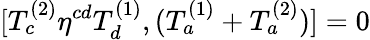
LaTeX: [T_{c}^{(2)}\eta^{cd}T_{d}^{(1)},(T_{a}^{(1)}+T_{a}^{(2)})]=0